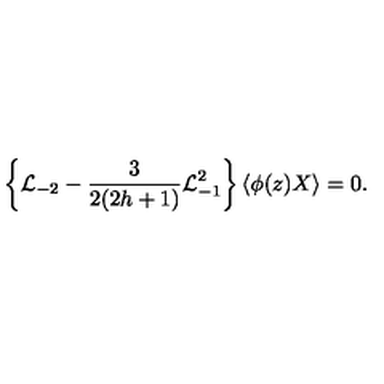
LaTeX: \left\{ { \cal L } _ { - 2 } - \frac { 3 } { 2 ( 2 h + 1 ) } { \cal L } _ { - 1 } ^ { 2 } \right\} \langle \phi ( z ) X \rangle = 0 .